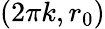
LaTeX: (2\pi k,r_{0})